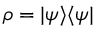
\rho = | \psi \rangle \langle \psi |